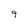
Character: q